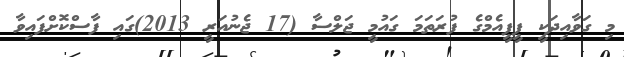
މި ގަވާއިދަކީ ޕީޕީއެމްގެ ފުރަތަމަ ގައުމީ ޖަލްސާ (17 ޖެނުއަރީ 2013)ގައި ފާސްކޮށްފައިވާ